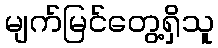
မျက်မြင်တွေ့ရှိသူ